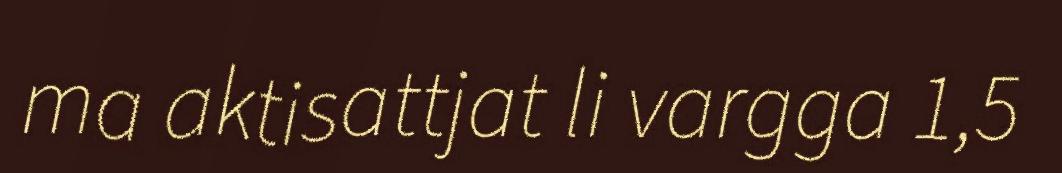
ma aktisattjat li vargga 1,5